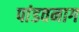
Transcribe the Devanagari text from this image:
पांडवनाग